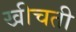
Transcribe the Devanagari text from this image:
खीचती